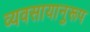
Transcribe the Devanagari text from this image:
व्यवसायानुरूप